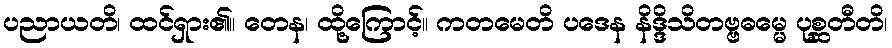
ပညာယတိ၊ ထင်ရှား၏။ တေန၊ ထို့ကြောင့်။ ကတမေတိ ပဒေန နိဒ္ဒိသိတဗ္ဗဓမ္မေ ပုစ္ဆတီတိ၊